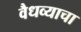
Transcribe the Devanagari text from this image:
वैधव्याचा